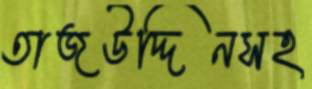
তাজউদ্দিনসহ